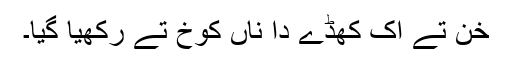
خن تے اک کھڈے دا ناں کوخ تے رکھیا گیا۔